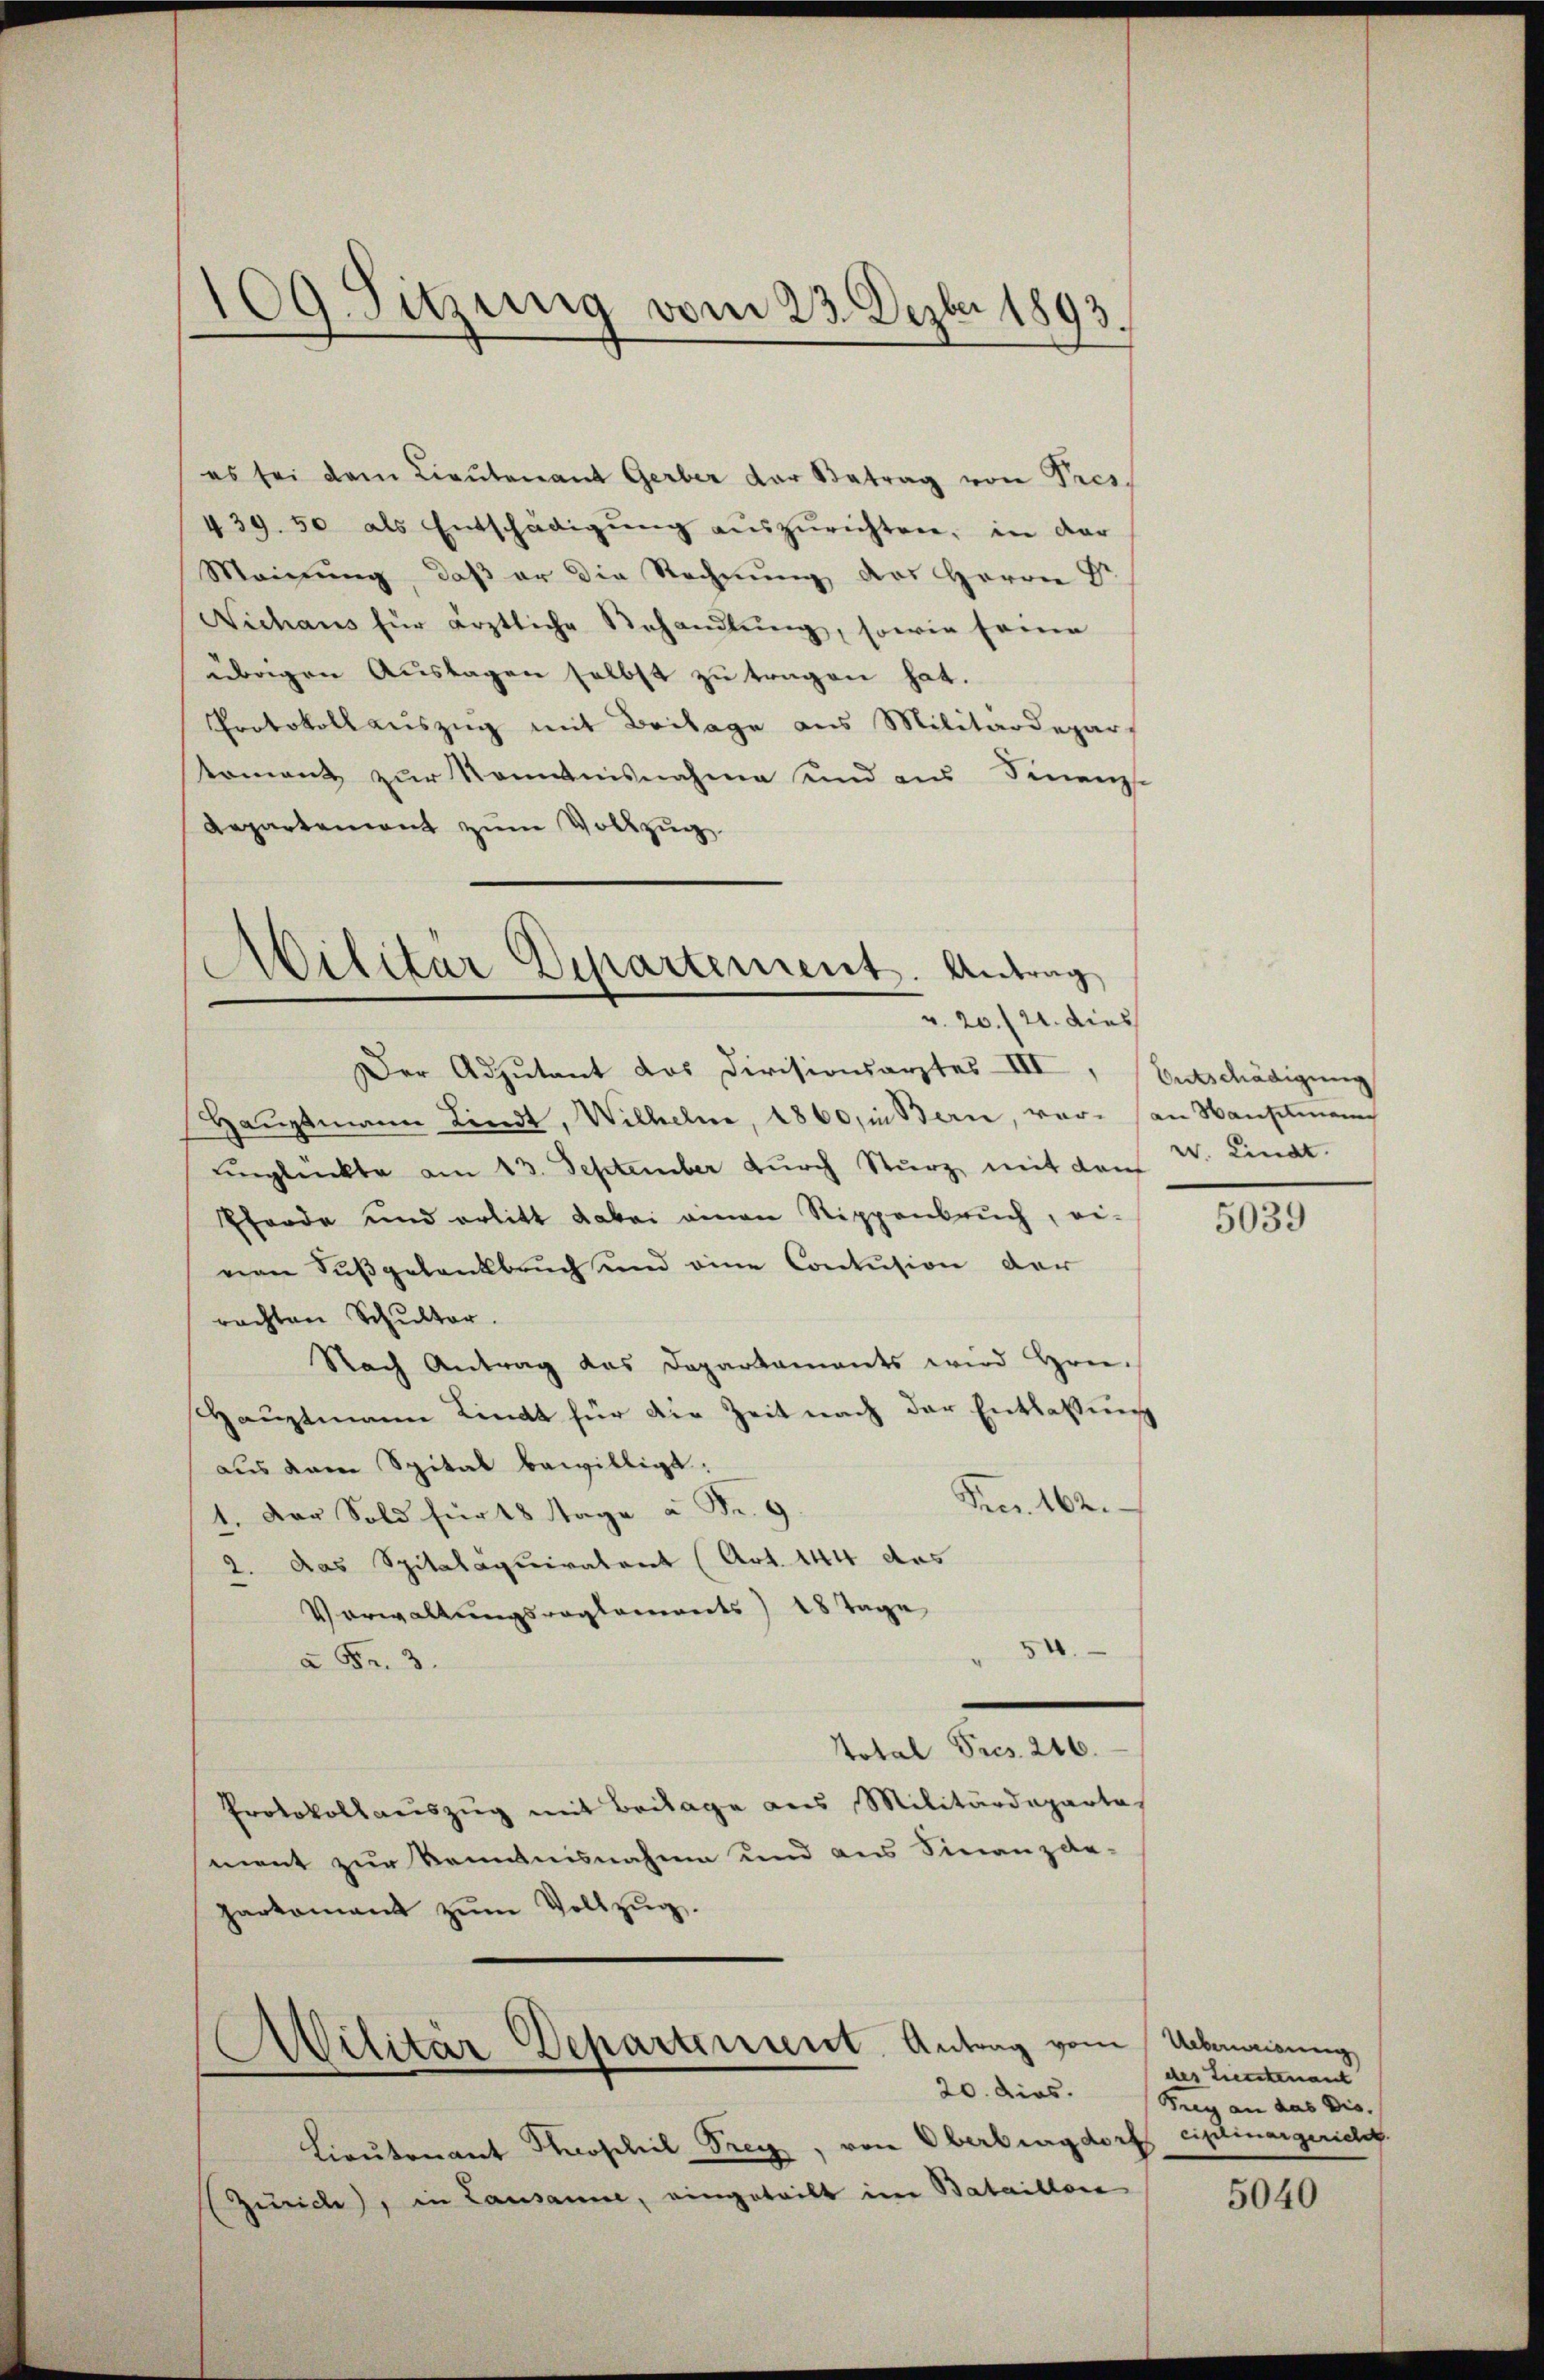
109. Sitzung vom 23. Dezbr 1893.

es sei dem Lieŭtenant Gerber der Betrag von Pres.
439. 50 als Entschädigŭng aŭszŭrichten, in dar
Meinung, daß er die Rechnung des Herrn Dr
Niehaus für ärztliche Behandlŭng, sowie seine
übrigen Auslagen selbst zu tragen hat.
Protokollauszug mit Beilage aus Militärdepar
Koment zur Kenntnisnahme und an Finanze
Aepartement zum Vollzug.

Militär Departement. Antrag
v. 20./21. dies

Der Adjutant das Divisionsarztes III, Entschädigung
Haŭptmann Lindt, Wilheln, 1860, in Bern, vor an Hauptmann
unglückte am 13. September durch Sturz mit dem W. Lindt.
Pferde und erlitt dabei einen Sippenbruch, ei-
ven Sŭβgelankbrŭch und eine Contŭsion der
rachten Schultor.
Nach Antrag das Departaments wird Hrn.
Hauptmann Linat für die Zeit nach der Entlassung
aus dem Spital bewilligt:
Frez. 162.
1. Der Sold für 18 Tage à Fr. 9
2. das Spitalaquiratent (Art. 144 das
Verwaltungsreglements) 18 Tage
à Fr. 3.
Total Pres. 246.
Protokollaŭszŭg mit Beilage aus Militärdeparte
ment zur Kenntnisnahme und aus Finanzde-
partamant zum Vollzug.
Militär-Departement. Antrag vom Abneigung
20. dies.
Lieutenant Marschil Frey, von Oberburgdorf ciplinargericht.
(Zürich), in Lausanne, eingeteilt im Bataillon

5039

des Herstenant
Trey an das Dis

5040